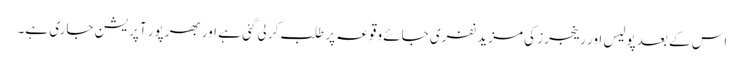
اس کے بعد پولیس اور رینجرز کی مزید نفری جائے وقوعہ پر طلب کر لی گئی ہے اور بھرپور آپریشن جاری ہے۔